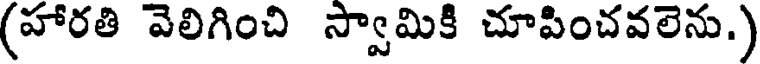
(హారతి వెలిగించి స్వామికి చూపించవలెను.)